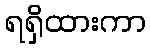
ရရှိထားကာ